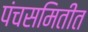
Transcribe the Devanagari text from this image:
पंचसमितीत